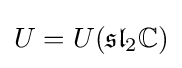
U=U({\mathfrak {sl}}_{2}\mathbb {C} )